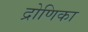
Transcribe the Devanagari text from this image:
द्रोणिका